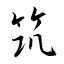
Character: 筑